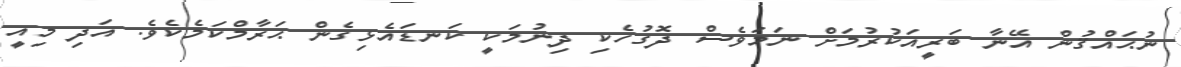
ނުޙައްޤުން އޭނާ ބަރީއަކުރުމަށް ނަމަވެސް ދޮގުހެކި ދިނުމަކީ ކަނޑައެޅިގެން ޙަރާމްކަމެކެވެ. އަދި މިއީ